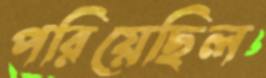
পরিয়েছিল